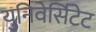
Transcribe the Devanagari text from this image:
युनिवेर्सिटेट